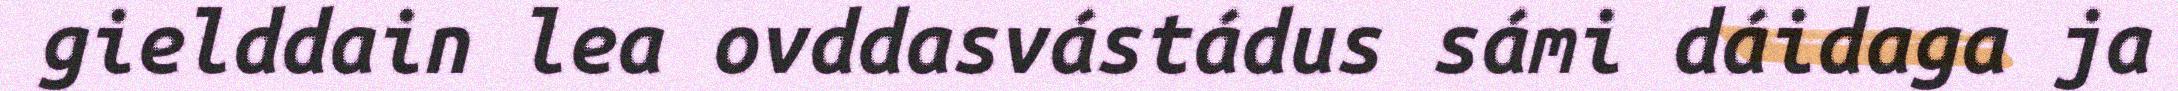
gielddain lea ovddasvástádus sámi dáidaga ja